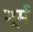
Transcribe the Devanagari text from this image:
मूर्म